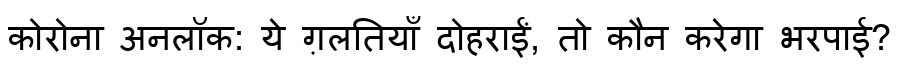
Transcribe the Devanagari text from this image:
कोरोना अनलॉक: ये ग़लतियाँ दोहराईं, तो कौन करेगा भरपाई?